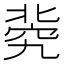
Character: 𥦚